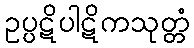
ဥပ္ပဋိပါဋိကသုတ္တံ